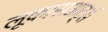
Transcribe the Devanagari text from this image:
लूकासआर्ट्स